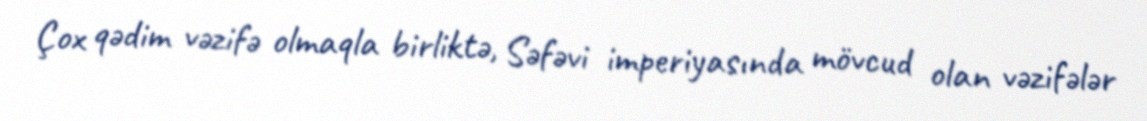
Çox qədim vəzifə olmaqla birliktə, Səfəvi imperiyasında mövcud olan vəzifələr